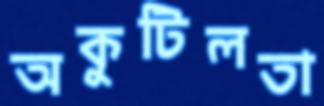
অকুটিলতা